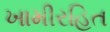
ખામીરહિત